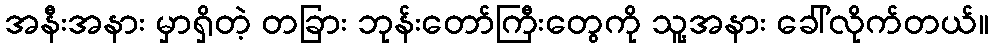
အနီးအနား မှာရှိတဲ့ တခြား ဘုန်းတော်ကြီးတွေကို သူ့အနား ခေါ်လိုက်တယ်။